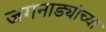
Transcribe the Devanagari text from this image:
जगनाड्यांच्या